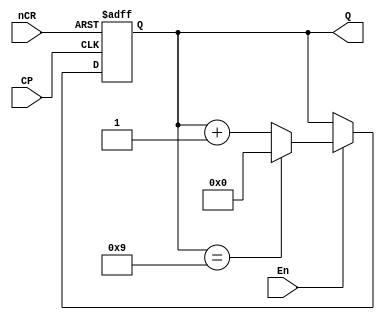
module counter10(Q,nCR,En,CP);
	input CP,nCR,En;
	output [3:0] Q;
	reg [3:0] Q;
always @(posedge CP or negedge nCR)
	begin
		if(~nCR)
			Q<=4'b0000;
		else if(~En)
			Q<=Q;
		else if(Q==4'b1001)
			Q<=4'b0000;
		else
			Q<=Q+1'b1;
	end
endmodule

module counter6(Q,nCR,En,CP);
	input CP,nCR,En;
	output [3:0] Q;
	reg [3:0] Q;
always @(posedge CP or negedge nCR)
	begin
		if(~nCR)
			Q<=4'b0000;
		else if(~En)
			Q<=Q;
		else if(Q==4'b0101)
			Q<=4'b0000;
		else
			Q<=Q+1'b1;
	end
endmodule

module counter60(Cnt,nCR,En,CP);
	input CP,nCR,En;
	output [7:0] Cnt;
	wire [7:0] Cnt;
	wire ENP;
	counter10 UC0(Cnt[3:0],nCR,En,CP);
	assign ENP=(Cnt[3:0]==4'h9);
	counter6 UC1(Cnt[7:4],nCR,ENP,CP);
endmodule